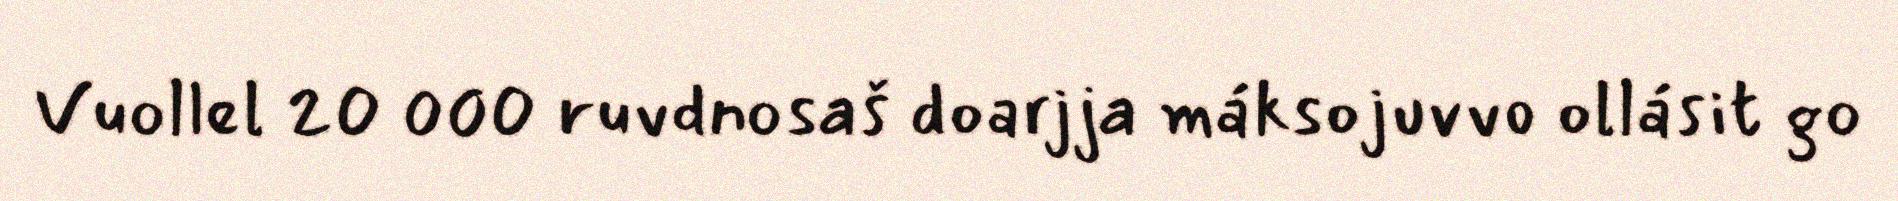
Vuollel 20 000 ruvdnosaš doarjja máksojuvvo ollásit go